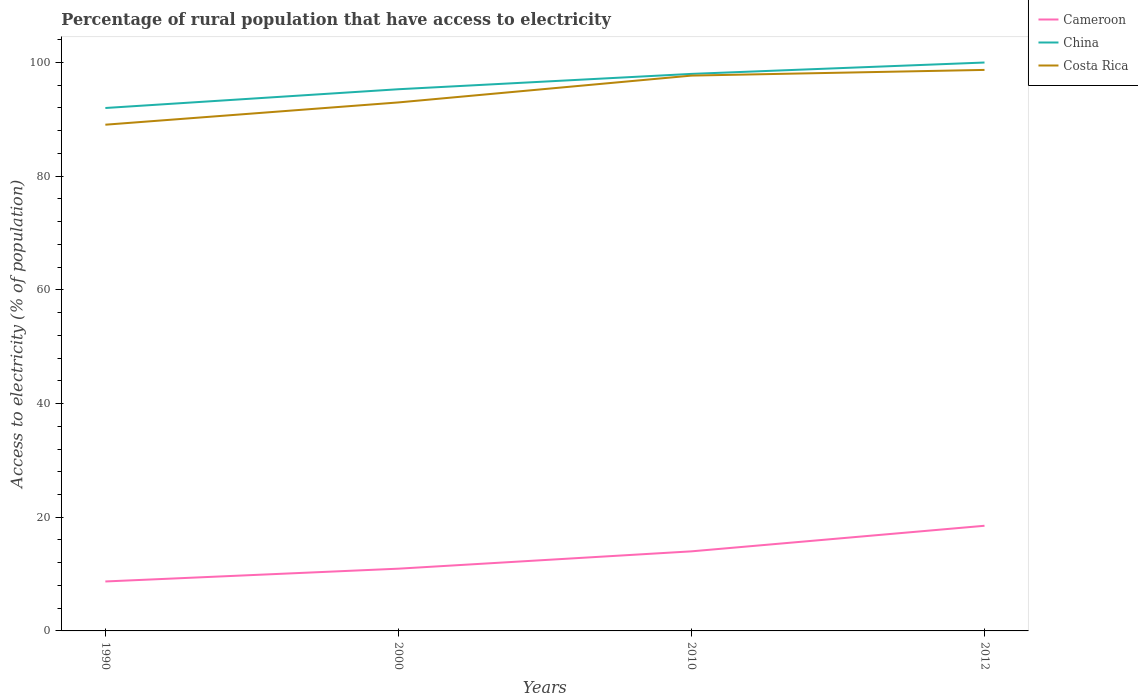
| Years | Cameroon | China | Costa Rica |
 | --- | --- | --- | --- |
 | 1990 | 8.7 | 92 | 89.1 |
 | 2000 | 11 | 95.3 | 93 |
 | 2010 | 14 | 98 | 97.7 |
 | 2012 | 18.5 | 100 | 98.7 |